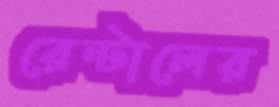
রেন্টালের